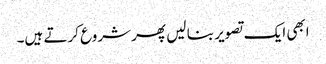
ابھی ایک تصویر بنا لیں پھر شروع کرتے ہیں۔